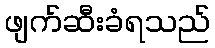
ဖျက်ဆီးခံရသည်